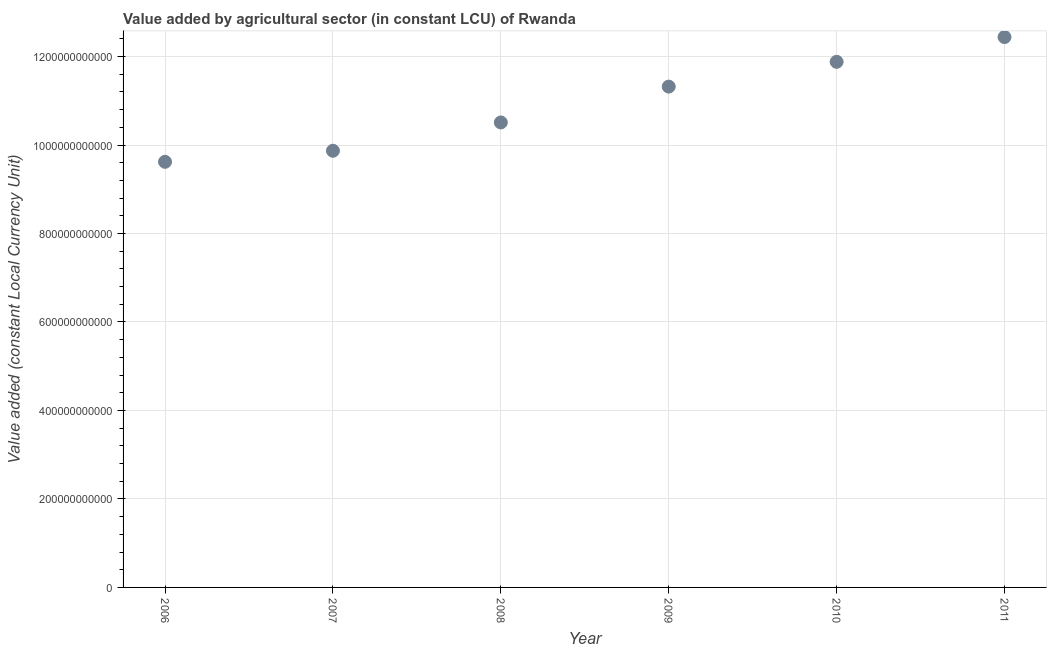
| Year | Agriculture |
 | --- | --- |
 | 2006 | 9.62e+11 |
 | 2007 | 9.87e+11 |
 | 2008 | 1.05e+12 |
 | 2009 | 1.13e+12 |
 | 2010 | 1.19e+12 |
 | 2011 | 1.24e+12 |